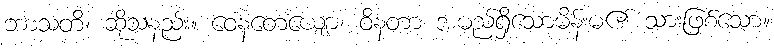
ဘာသတိ၊ ဆိုသနည်း။ ဝေနတေယျော၊ ဝိနတာ အမည်ရှိသောမိန်းမ၏ သားဖြစ်သော။